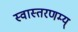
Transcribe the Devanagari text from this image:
स्वास्तरणम्य्